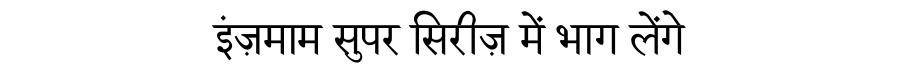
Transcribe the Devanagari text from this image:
इंज़माम सुपर सिरीज़ में भाग लेंगे